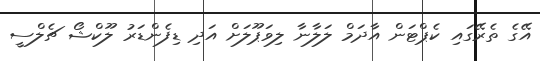
އޭގެ ތެރޭގައި ކެޕްޓަން އާދަމް ލަލާނާ ލިވަޕޫލަށް އަދި ޑިފެންޑަރު ލޫކްޝޯ ޗެލްސީ